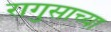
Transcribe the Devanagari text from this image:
रागुसाच्या